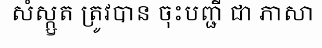
សំស្ក្ឫត ត្រូវបាន ចុះបញ្ជី ជា ភាសា